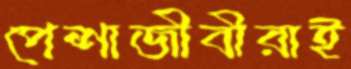
পেশাজীবীরাই